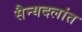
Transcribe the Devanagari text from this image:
सैन्यदलांत